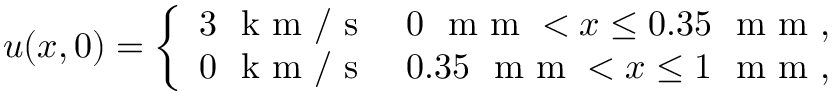
u ( x , 0 ) = \left\{ \begin{array} { l l } { 3 ~ \mathrm { ~ k ~ m ~ } / \mathrm { ~ s ~ } } & { 0 ~ \mathrm { ~ m ~ m ~ } < x \leq 0 . 3 5 ~ \mathrm { ~ m ~ m ~ } , } \\ { 0 ~ \mathrm { ~ k ~ m ~ } / \mathrm { ~ s ~ } } & { 0 . 3 5 ~ \mathrm { ~ m ~ m ~ } < x \leq 1 ~ \mathrm { ~ m ~ m ~ } , } \end{array} \right.